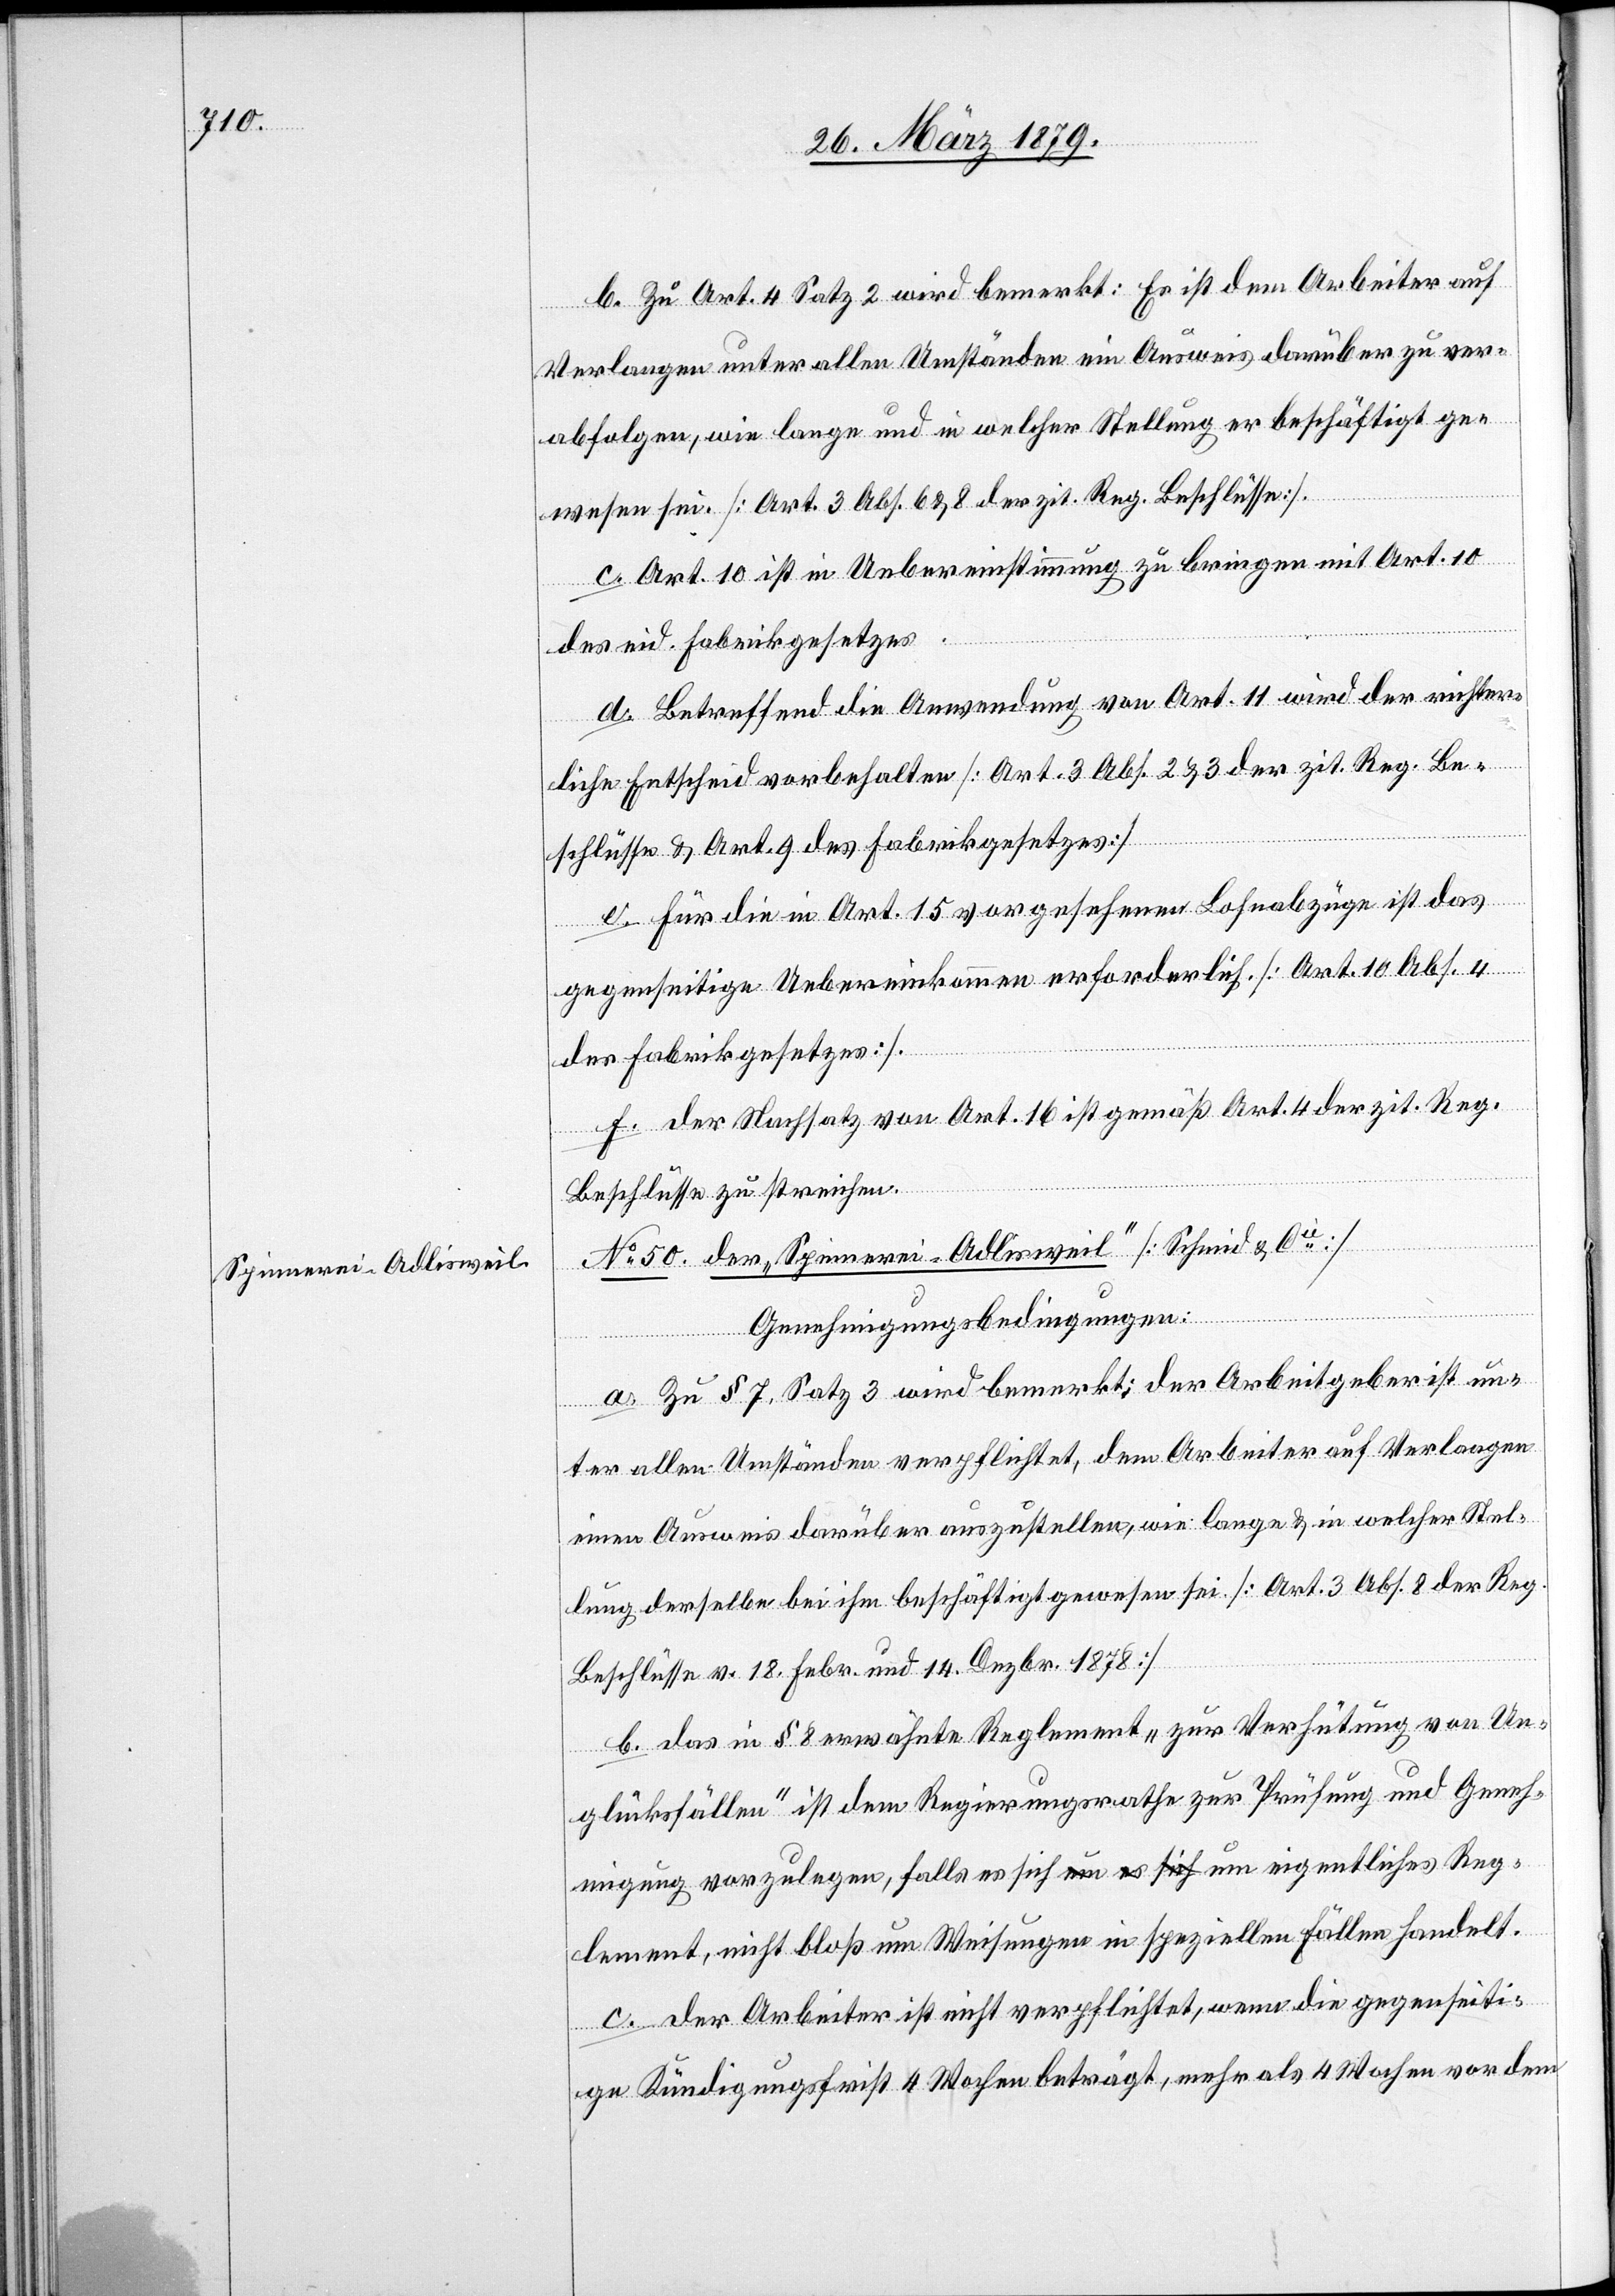
No 50. der „Spinnerei Adlisweil“ [Schmid & Cie]]
Genehmigungsbedingungen:
a. Zu § 7 wird bemerkt: Der Arbeitgeber ist un¬
ter allen Umständen verpflichtet, dem Arbeiter auf Verlangen
einen Ausweis darüber auszustellen, wie lange & in welcher Stel¬
lung derselbe bei diesem beschäftigt gewesen sei. [Art. 3 Abs. 8 der Reg.
Beschlüsse v. 18. Febr. und 14. Dezbr. 1878]
b. Das in § 8 erwähnte Reglement „zur Verhütung von Un¬
glücksfällen“ ist dem Regierungsrathe zur Prüfung und Geneh¬
migung vorzulegen, falls es sich um [ein] eigentliches Reg¬
lement, nicht bloß um Weisungen in speziellen Fällen handelt.
c. Der Arbeiter ist nicht verpflichtet, wenn die gegenseiti¬
ge Kündigungsfrist 4 Wochen beträgt, mehr als 4 Wochen vor dem